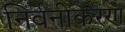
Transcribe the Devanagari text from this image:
निर्वनीकरण